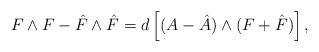
LaTeX: \begin{align*}F\wedge F-\hat F\wedge \hat F= d\left[(A-\hat A)\wedge(F+\hat F)\right],\end{align*}